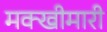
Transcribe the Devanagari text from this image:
मक्खीमारी